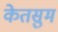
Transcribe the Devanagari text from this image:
केतसुम